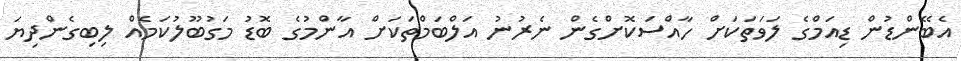
އެބޭންޑުން ޑިއަމްގެ ލަވަތަކަށް ހާއްސަކޮށްގެން ނެރުނު އަލްބަމްތަކަށް އާންމުގެ ބޮޑު މަގުބޫލުކަމެއް ލިބިގެންދިޔަ